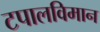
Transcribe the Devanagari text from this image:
टपालविमान